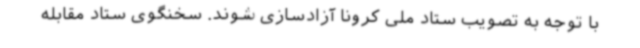
با توجه به تصویب ستاد ملی کرونا آزادسازی شوند. سخنگوی ستاد مقابله